Report on vaccination in Madras 1895-1903 - 1895-1903
Year: 1895
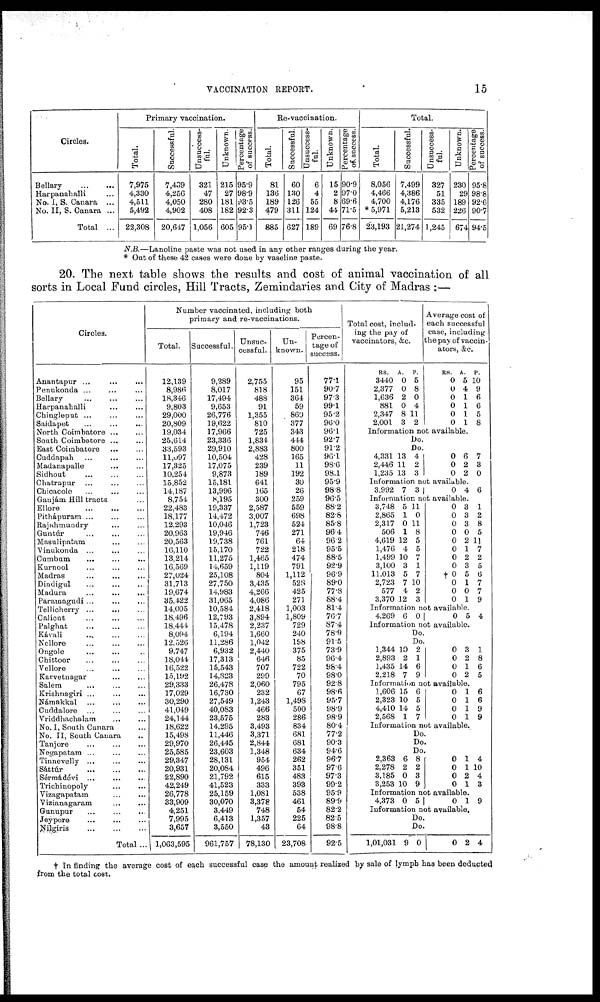
VACCINATION REPORT.
15
Circles.
Bellary...
...
Harpanahalli...
No. I, S. Canara...
No. II, S. Canara...
Total...
Primary vaccination.
Total.
7,975
4,330
4,511
5,492
22,308
Successful.
7,439
4,256
4,050
4,902
20,647
Unsuccess-
ful.
321
47
280
408
1,056
Unknown.
215
27
181
182
605
Percentage
of success.
95.9
98.9
93.5
92.3
95.1
Re-vaccination.
Total.
81
136
189
479
885
Successful.
60
130
126
311
627
Unsuccess-
ful.
6
4
55
124
189
Unknown.
15
2
8
44
69
Percentage
of success.
90.9
97.0
69.6
71.5
76.8
Total.
Total.
8,056
4,466
4,700
* 5,971
23,193
Successful.
7,499
4,386
4,176
5,213
21,274
Unsuccess-
ful.
327
51
335
532
1,245
Unknown.
230
29
189
226
674
Percentage
of success.
95.8
98.8
92.6
90.7
94.5
N.B.—Lanoline
paste was not used in any other ranges during the year.
* Out of these 42 cases were done by vaseline paste.
20. The next table shows the results and cost of animal vaccination of all
sorts in Local Fund circles, Hill Tracts, Zemindaries and City of Madras :—
Circles.
Anantapur ... ... ...
Penukonda ... ... ...
Bellary ... ... ...
Harpanahalli... ... ...
Chingleput ... ... ...
Saidapet ... ... ...
North Coimbatore ... ...
South Coimbatore ... ...
East Coimbatore ... ...
Cuddapah
...
...
...
Madanapalle ... ...
Sidhout... ... ...
Chatrapur... ... ...
Chicacole...
...
...
Gaujám Hill tracts...
Ellore...
...
...
Pithápuram . . . . . . ...
Rajahmundry ... ...
Guntúr ... ... ...
Masulipatam ... ...
Vinukonda... ... ...
Cumbum... ... ...
Kurnool
...
...
...
Madras... ... ...
Dindigul ... ... ...
Madura
...
...
...
Parauoagudi ... ... ...
Tellicherry ... ... ...
Calicut... ... ...
Palghat...
...
...
Kávali...
...
...
Nellore... ... ...
Ongole...
...
...
Chittoor... ... ...
Vellore...
...
...
Karvetnagar... ...
Salem... ... ...
Krishnagiri... ... ...
Námakkal...
...
...
Cuddalore...
...
...
Vriddhachalam...
...
No. I, South Canara ...
No. II, South Canara..
Tanjore... ... ...
Negapatam ... ... ...
Tinnevelly... ... ...
Sáttúr...
...
...
Sérmádévi... ... ...
Trichinopoly ... ...
Vizagapatam...
...
Vizianagaram ... ...
Gunupur... ... ...
Jeypore
...
...
...
Nilgiris
...
...
...
Total ...
Number vaccinated, including both
primary and re-vaccinations.
Total.
12,139
8,986
18,346
9,803
29,000
20,809
19,034
25,614
33,593
11,097
17,325
10,254
15,852
14,187
8,754
22,483
18,177
12,293
20,963
20,563
16,110
13,214
16,569
27,024
31,713
19,674
35,422
14,005
18,496
18,444
8,094
12,526
9,747
18,044
16,522
15,192
29,333
17,029
30,290
41,049
24,144
18,622
15,498
29,970
25,585
29,347
20,931
22,890
42,249
26,778
33,909
4,251
7,995
3,657
1,063,595
Successful.
9,289
8,017
17,494
9,653
26,776
19,622
17,966
23,336
29,910
10,504
17,075
9,873
15,181
13,996
8,195
19,337
14,472
10,046
19,946
19,738
15,170
11,275
14,659
25,108
27,750
14,983
31,065
10,584
12,793
15,478
6,194
11,286
6,932
17,313
15,543
14,823
26,478
16,730
27,549
40,083
23,575
14,295
11,446
26,445
23,603
28,131
20,084
21,792
41,523
25,159
30,070
3,449
6,413
3,550
961,757
Unsuc-
cessful.
2,755
818
488
91
1,355
810
725
1,884
2,883
428
239
189
641
165
300
2,587
3,007
1,723
746
761
722
1,465
1,119
804
3,435
4,266
4,086
2,418
3,894
2,237
1,660
1,042
2,440
646
707
299
2,060
232
1,243
466
283
3,493
3,371
2,844
1,348
954
496
615
333
1,081
3,378
748
1,357
43
78,130
Un-
known.
95
151
364
59
869
377
343
444
800
165
11
192
30
26
259
559
698
524
271
64
218
474
791
1,112
528
425
271
1,003
1,809
729
240
198
375
85
722
70
795
67
1,498
500
286
834
681
681
634
262
351
483
393
538
461
54
225
64
23,708
Percen-
tage of
success.
77.1
90.7
97.3
99.1
95.2
96.0
96.1
927
91.2
96.1
98.6
98.1
95.9
98.8
96.5
88.2
82.8
85.8
96.4
96.2
95.5
88.5
92.9
96.9
89.0
77.8
88.4
81.4
76.7
87.4
78.9
91.5
73.9
96.4
98.4
98.0
92.8
98.6
95.7
98.9
98.9
80.4
77.2
90.3
94.6
96.7
97.6
97.3
99.2
95.9
89.9
82.2
82.5
98.8
92.5
Total cost, includ-
ing the pay of
vaccinators, &c.
RS.
3440
2,377
1,636
881
2,347
2,001
A.
0
0
2
0
8
3
P.
5
8
0
4
11
2
Average cost of
each successful
case, including
the pay of vaccin-
ators, &c.
RS.
0
0
0
0
0
0
A.
5
4
1
1
1
1
P.
10
9
6
6
5
8
Information not available.
Do.
Do.
4,331
2,446
1,235
13
11
13
4
2
3
0
0
0
6
2
2
7
3
0
Information not available.
3.992 7 3
0 4 6
Information not available.
3,748
2,865
2,317
506
4,619
1,476
1,499
3,100
11,013
2,723
577
3,370
5
1
0
1
12
4
10
3
5
7
4
12
11
0
11
8
5
5
7
1
7
10
2
3
0
0
0
0
0
0
0
0
†0 0
0
0
3
3
3
0
2
1
2
3
5
1
0
1
1
2
8
5
11
7
2
5
6
7
7
9
Information not available.
4,269 6 0
0 5 4
Information not available.
Do.
Do.
1,344
2,893
1,435
2,218
10
2
14
7
2
1
6
9
0
0
0
0
3
2
1
2
1
8
6
5
Information not available.
1,606
2,323
4,410
2,568
15
10
14
1
6
5
5
7
0
0
0
0
1
1
1
1
6
6
9
9
Information not available.
Do.
Do.
Do.
2,363
2,278
3,185
3,253
6
2
0
10
8
2
3
9
0
0
0
0
1
1
2
1
4
10
4
3
Information not available.
4,373 0 5
0 1 9
Information not available.
Do.
Do.
1,01,031 9 0
0 2 4
† In finding the average cost of each successful case the amount realized by sale of lymph has been deducted
from the total cost.